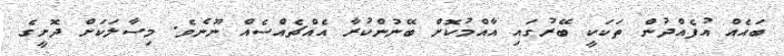
ބައެއް އުފެއްދުން ތަކަކީ ބޭރުގައި އާއްމުކޮށް ބޭނުންކުރާ އެއްޗެއްސެއް ނޫނެވެ. މިސާލަކަށް ދޮށީގެ